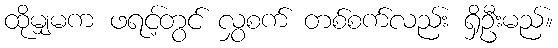
ထိုမျှမက ဖရင့်တွင် လွှစက် တစ်စက်လည်း ရှိဦးမည်။